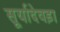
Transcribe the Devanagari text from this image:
सूर्यादेवड़ा